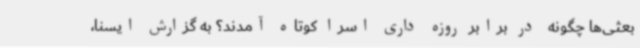
بعثی‌ها چگونه  در برابر روزه داری اسرا کوتاه آمدند؟ به گزارش ایسنا،